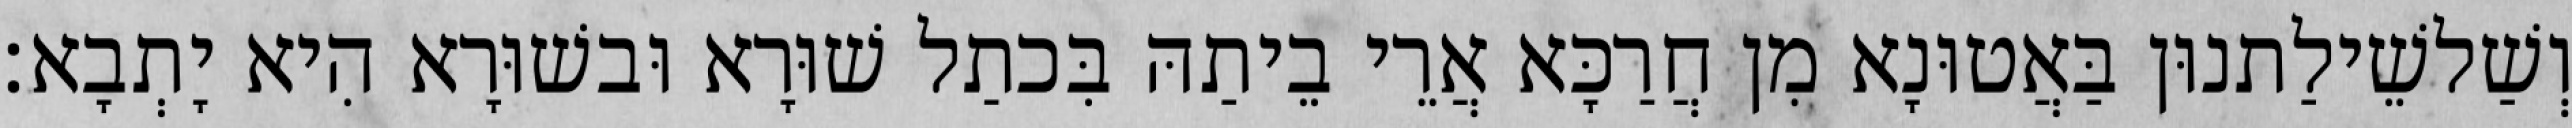
וְשַׁלשֵׁילַתנוּן בַּאֲטוּנָא מִן חֲרַכָּא אֲרֵי בֵיתַהּ בִּכתַל שׁוּרָא וּבשׁוּרָא הִיא יָתְבָא׃